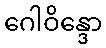
ဂေါဝိန္ဒော